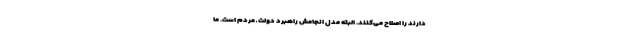
دارند را اصلاح می‌کنند. البته مدل انجامش راهبرد دولت ـ مردم است. ما